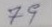
79